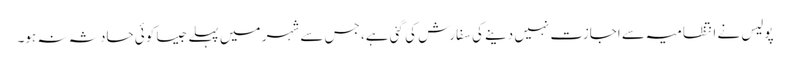
پولیس نے انتظامیہ سے اجازت نہیں دینے کی سفارش کی گئی ہے، جس سے شہر میں پہلے جیسا کوئی حادثہ نہ ہو۔